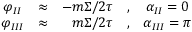
\begin{array} { c c r c c } { { \varphi _ { I I } } } & { { \approx } } & { { - { m \Sigma / 2 \tau } } } & { { , } } & { { \alpha _ { I I } = 0 } } \\ { { \varphi _ { I I I } } } & { { \approx } } & { { { m \Sigma / 2 \tau } } } & { { , } } & { { \alpha _ { I I I } = \pi } } \end{array}